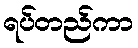
ရပ်တည်ကာ